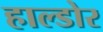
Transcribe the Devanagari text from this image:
हाल्डोर